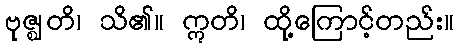
ဗုဇ္ဈတိ၊ သိ၏။ ဣတိ၊ ထို့ကြောင့်တည်း။